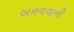
બનવવાની